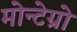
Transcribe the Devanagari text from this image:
मोन्टेग्रो